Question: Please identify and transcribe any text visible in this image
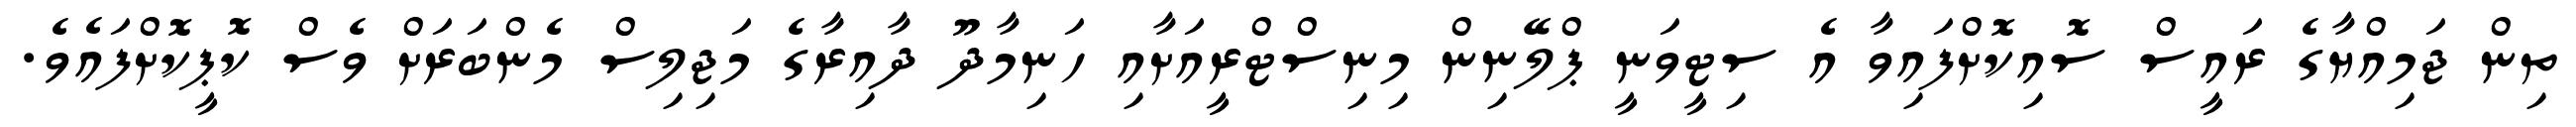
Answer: ތިން ޖަމިއްޔާގެ ރައީސް ސޮއިކޮށްފައިވާ އެ ސިޓީވަނީ ޕްލޭނިން މިނިސްޓްރީއަށާއި ހަނިމާދޫ ދާއިރާގެ މަޖިލިސް މެންބަރަށް ވެސް ކޮޕީކޮށްފައެވެ.